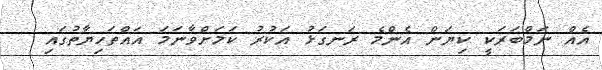
އެއް ނަމްބަރަކީ ކިޔަން އެންމެ ރަނގަޅު އަކުރު ކަމަށްވާނަމަ އައްތަހިޔާތުގައި